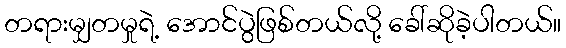
တရားမျှတမှုရဲ့ အောင်ပွဲဖြစ်တယ်လို့ ခေါ်ဆိုခဲ့ပါတယ်။